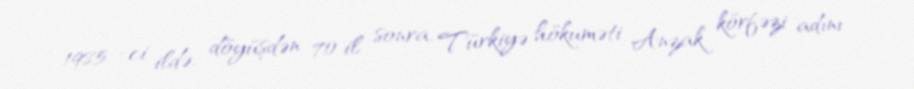
1985 -ci ildə, döyüşdən 70 il sonra, Türkiyə hökuməti Anzak körfəzi adını